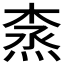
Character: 𰞽